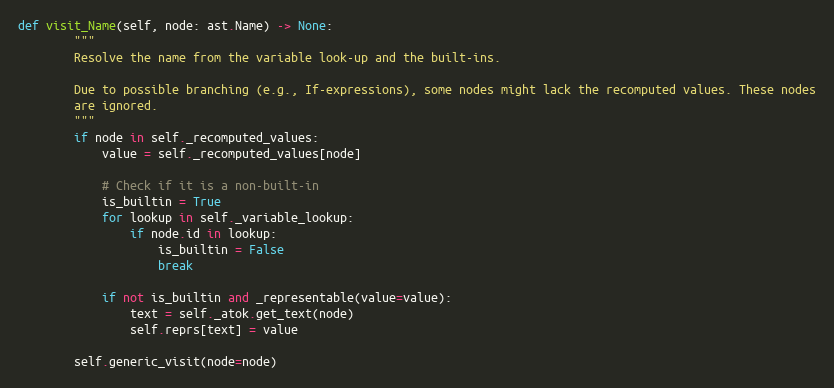
Language: Python
def visit_Name(self, node: ast.Name) -> None:
        """
        Resolve the name from the variable look-up and the built-ins.

        Due to possible branching (e.g., If-expressions), some nodes might lack the recomputed values. These nodes
        are ignored.
        """
        if node in self._recomputed_values:
            value = self._recomputed_values[node]

            # Check if it is a non-built-in
            is_builtin = True
            for lookup in self._variable_lookup:
                if node.id in lookup:
                    is_builtin = False
                    break

            if not is_builtin and _representable(value=value):
                text = self._atok.get_text(node)
                self.reprs[text] = value

        self.generic_visit(node=node)